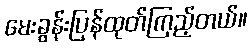
မေးခွန်းပြန်ထုတ်ကြည့်တယ်။